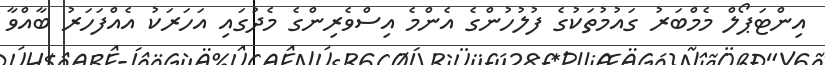
އިންޓަޕޯލް މެމްބަރު ގައުމުތަކުގެ ފުލުހުންގެ އެންމެ އިސްވެރިންގެ މެދުގައި އަހަރަކު އެއްފަހަރު ބާއްވާ